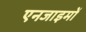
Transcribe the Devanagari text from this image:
एनजाइमों